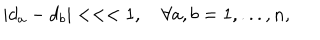
\left| d _ { a } - d _ { b } \right| < < < 1 , \quad \forall a , b = 1 , . . . , n ,